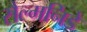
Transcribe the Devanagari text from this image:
सैल्मनिडे